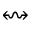
\leftrightsquigarrow